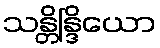
သန္တိန္ဒြိယော